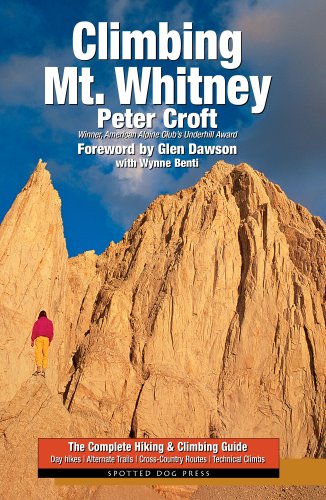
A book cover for Climbing Mt. Whitney; Peter Croft; Sports & Outdoors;